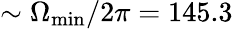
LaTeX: \sim\Omega_{\mathrm{min}}/2\pi=145.3